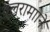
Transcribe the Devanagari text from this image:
बलरामााने